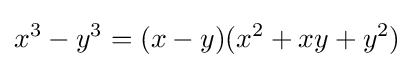
x^{3}-y^{3}=(x-y)(x^{2}+xy+y^{2})